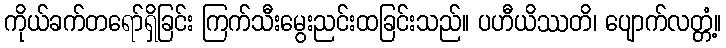
ကိုယ်ခက်တရော်ရှိခြင်း ကြက်သီးမွေးညင်းထခြင်းသည်။ ပဟီယိဿတိ၊ ပျောက်လတ္တံ့။